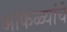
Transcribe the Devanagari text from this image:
आफळ्यांचे